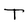
Character: T